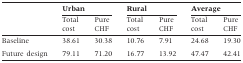
|  | <COLSPAN=2> Urban | <COLSPAN=2> Rural | <COLSPAN=2> Average |
 |  | Total cost | Pure CHF | Total cost | Pure CHF | Total cost | Pure CHF |
 | --- | --- | --- | --- | --- | --- | --- |
 | Baseline | 38.61 | 30.38 | 10.76 | 7.91 | 24.68 | 19.30 |
 | Future design | 79.11 | 71.20 | 16.77 | 13.92 | 47.47 | 42.41 |